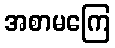
အစာမကြေ